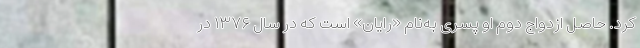
کرد. حاصل ازدواج دوم او پسری به‌نام «رایان» است که در سال ۱۳۷۶ در